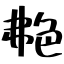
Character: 艴